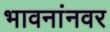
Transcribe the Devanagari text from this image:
भावनांनवर